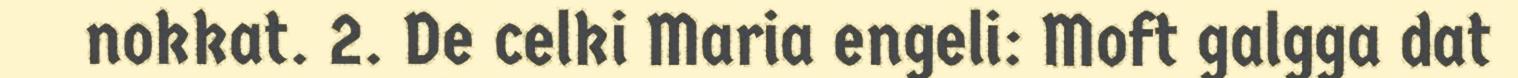
nokkat. 2. De celki Maria engeli: Moft galgga dat